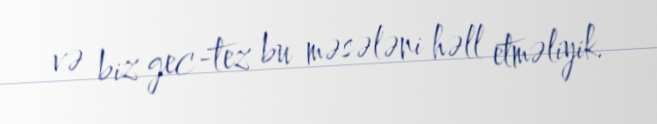
və biz gec-tez bu məsələni həll etməliyik.